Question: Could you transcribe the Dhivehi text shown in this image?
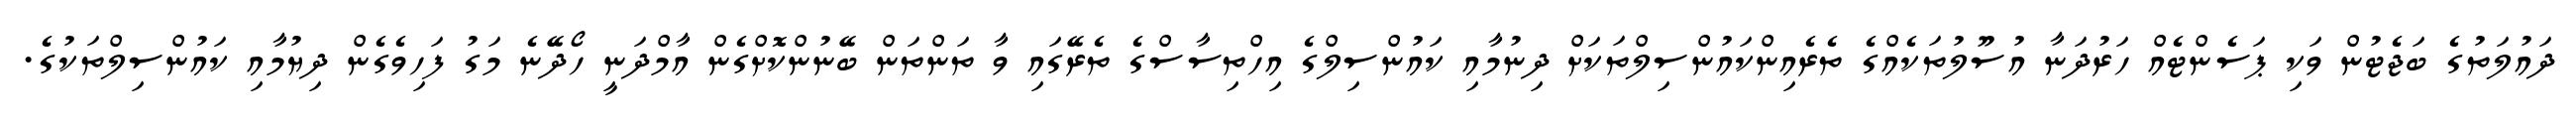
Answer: ދައުލަތުގެ ބަޖެޓުން ވަކި ޕަސެންޓެއް ހަރުދަނާ އުސޫލުތަކެއްގެ ތެރެއިންކައުންސިލްތަކަށް ދިނުމާއި ކައުންސިލްގެ އިހްތިސާސްގެ ތެރޭގައި ވާ ތަންތަން ބޭނުންކޮށްގެން އާމްދަނީ ހޯދޭނެ މަގު ފަހިވެގެން ދިޔުމާއި ކައުންސިލްތަކުގެ.